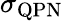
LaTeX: \sigma_{\mathrm{QPN}}